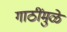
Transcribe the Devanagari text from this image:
गाठींमुळे